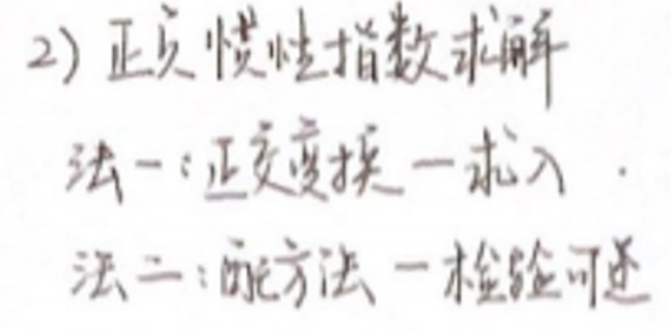
2) 正负惯性指数求解\\
法一：正交变换法\\
法二：配方法（检验可逆